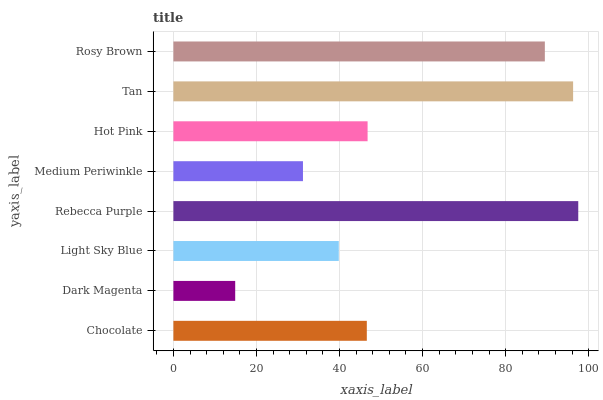
| yaxis_label | bars |
 | --- | --- |
 | Chocolate | 46.6 |
 | Dark Magenta | 14.9 |
 | Light Sky Blue | 39.8 |
 | Rebecca Purple | 97.5 |
 | Medium Periwinkle | 31.2 |
 | Hot Pink | 46.8 |
 | Tan | 96.2 |
 | Rosy Brown | 89.4 |